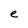
Character: e